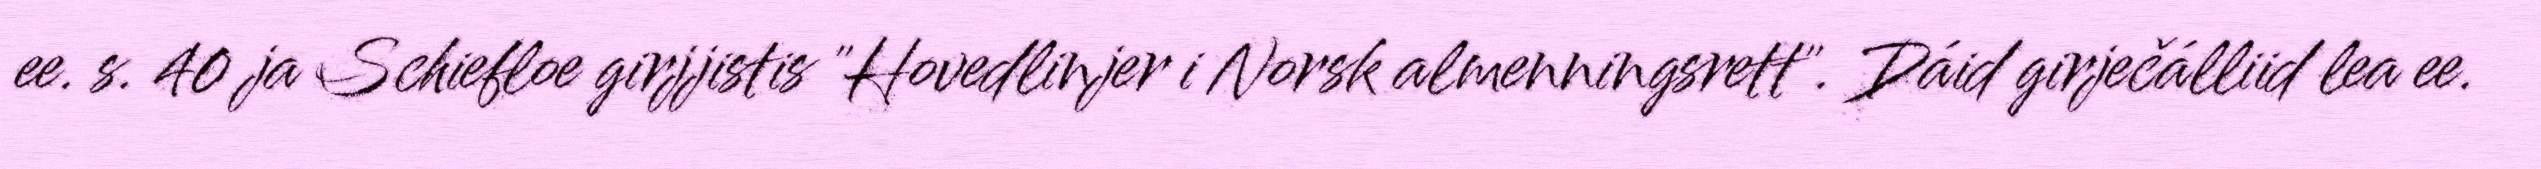
ee. s. 40 ja Schiefloe girjjistis "Hovedlinjer i Norsk almenningsrett". Dáid girječálliid lea ee.